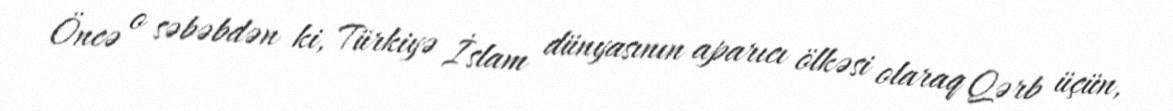
Öncə o səbəbdən ki, Türkiyə İslam dünyasının aparıcı ölkəsi olaraq Qərb üçün,